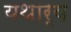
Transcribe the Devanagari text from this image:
यथार्य